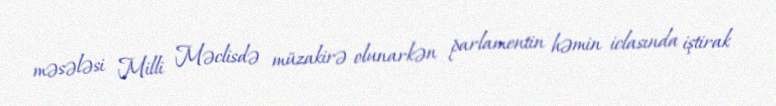
məsələsi Milli Məclisdə müzakirə olunarkən parlamentin həmin iclasında iştirak